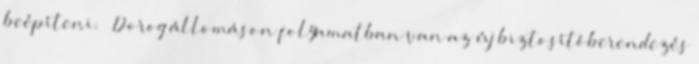
beépíteni. – Dorog állomáson folyamatban van az új biztosítóberendezés